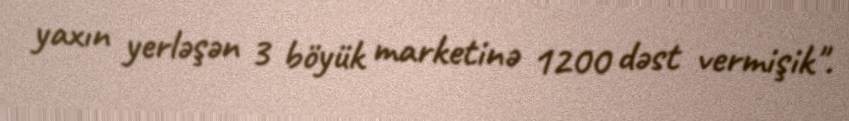
yaxın yerləşən 3 böyük marketinə 1200 dəst vermişik".